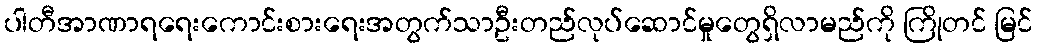
ပါတီအာဏာရရေးကောင်းစားရေးအတွက်သာဦးတည်လုပ်ဆောင်မှုတွေရှိလာမည်ကို ကြိုတင် မြင်